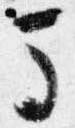
馬